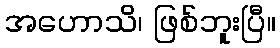
အဟောသိ၊ ဖြစ်ဘူးပြီ။